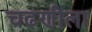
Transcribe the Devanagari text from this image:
चढणीला